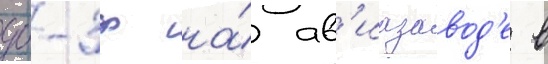
дб-3ф на́ ав'иазавод'е в